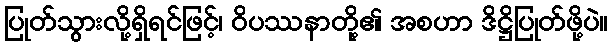
ပြုတ်သွားလို့ရှိရင်ဖြင့်၊ ဝိပဿနာတို့၏ အစဟာ ဒိဋ္ဌိပြုတ်ဖို့ပဲ။